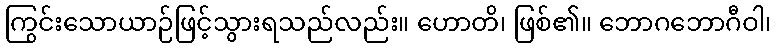
ကြွင်းသောယာဉ်ဖြင့်သွားရသည်လည်း။ ဟောတိ၊ ဖြစ်၏။ ဘောဂဘောဂီဝါ၊